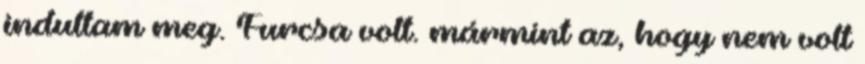
indultam meg. Furcsa volt. mármint az, hogy nem volt